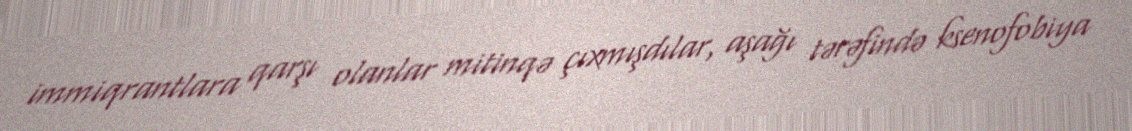
immiqrantlara qarşı olanlar mitinqə çıxmışdılar, aşağı tərəfində ksenofobiya